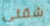
شقتي